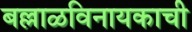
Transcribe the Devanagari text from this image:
बल्लाळविनायकाची